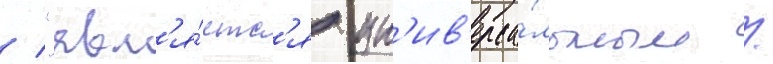
/ "явл'я́етс'я ун'ив'ерса́льным /